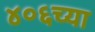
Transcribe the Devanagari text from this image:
४०६च्या